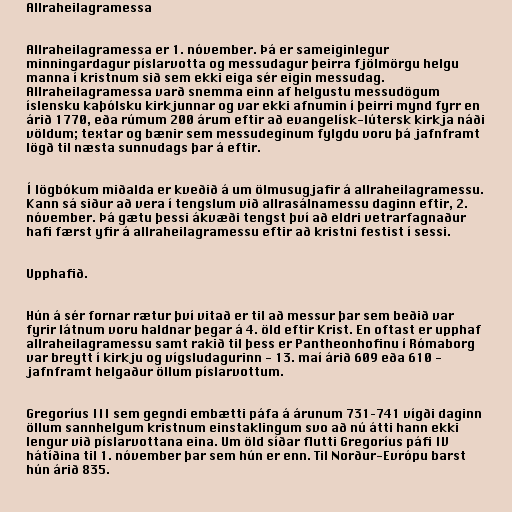
Allraheilagramessa

Allraheilagramessa er 1. nóvember. Þá er sameiginlegur
minningardagur píslarvotta og messudagur þeirra fjölmörgu helgu
manna í kristnum sið sem ekki eiga sér eigin messudag.
Allraheilagramessa varð snemma einn af helgustu messudögum
íslensku kaþólsku kirkjunnar og var ekki afnumin í þeirri mynd fyrr en
árið 1770, eða rúmum 200 árum eftir að evangelísk-lútersk kirkja náði
völdum; textar og bænir sem messudeginum fylgdu voru þá jafnframt
lögð til næsta sunnudags þar á eftir.

Í lögbókum miðalda er kveðið á um ölmusugjafir á allraheilagramessu.
Kann sá siður að vera í tengslum við allrasálnamessu daginn eftir, 2.
nóvember. Þá gætu þessi ákvæði tengst því að eldri vetrarfagnaður
hafi færst yfir á allraheilagramessu eftir að kristni festist í sessi.

Upphafið.

Hún á sér fornar rætur því vitað er til að messur þar sem beðið var
fyrir látnum voru haldnar þegar á 4. öld eftir Krist. En oftast er upphaf
allraheilagramessu samt rakið til þess er Pantheonhofinu í Rómaborg
var breytt í kirkju og vígsludagurinn - 13. maí árið 609 eða 610 -
jafnframt helgaður öllum píslarvottum.

Gregoríus III sem gegndi embætti páfa á árunum 731–741 vígði daginn
öllum sannhelgum kristnum einstaklingum svo að nú átti hann ekki
lengur við píslarvottana eina. Um öld síðar flutti Gregoríus páfi IV
hátíðina til 1. nóvember þar sem hún er enn. Til Norður-Evrópu barst
hún árið 835.